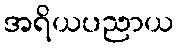
အရိယပညာယ